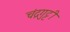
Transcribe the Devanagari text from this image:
चंद्रगुट्टी